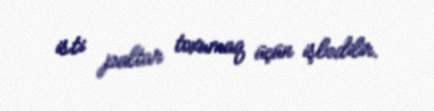
isti paltar toxumaq üçün işlədilir.